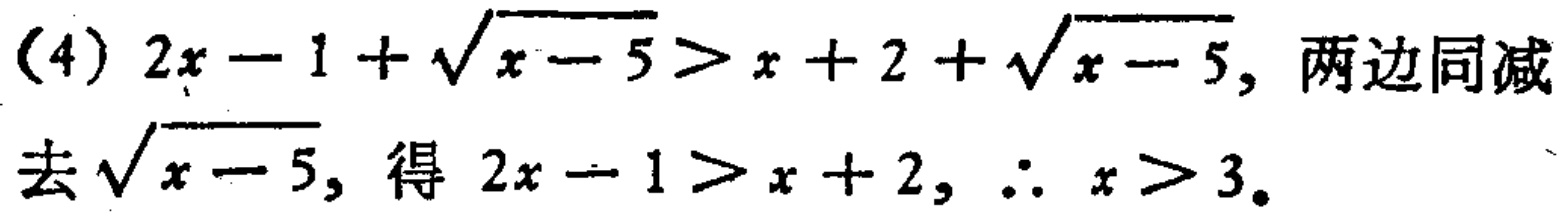
(4) \(2x - 1+\sqrt{x - 5}>x + 2+\sqrt{x - 5}\), 两边同减去\(\sqrt{x - 5}\), 得 \(2x - 1>x + 2\), \(\therefore x>3\).